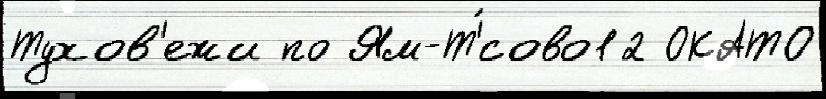
Тухов'ежи по Ям-Т'́сово12 ОКАТО